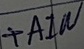
Text: +AIN